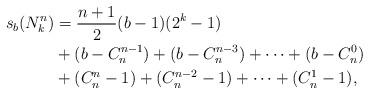
LaTeX: \begin{align*}\begin{aligned}s_b(N_k^{n})&=\frac{n+1}{2}(b-1)(2^{k}-1)\\&+(b-C_{n}^{n-1})+(b-C_{n}^{n-3})+\cdots + (b-C_{n}^{0})\\&+(C_{n}^n-1)+(C_{n}^{n-2}-1)+\cdots +(C_{n}^{1}-1),\end{aligned}\end{align*}